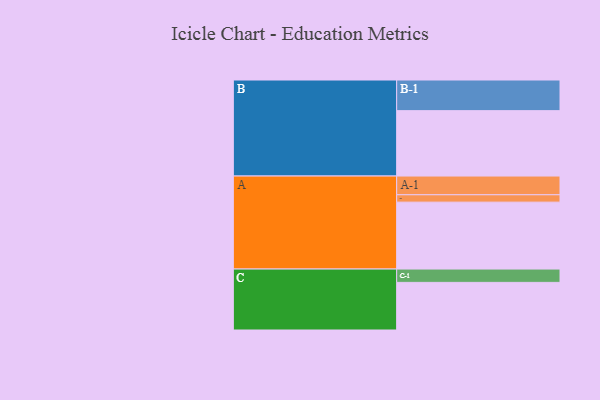
{"axis": {"x": "Segment", "y": "Value"}, "legend": ["", "A", "B", "C"], "data": [{"x": "A", "y": 572, "type": ""}, {"x": "B", "y": 559, "type": ""}, {"x": "C", "y": 407, "type": ""}, {"x": "A-1", "y": 160, "type": "A"}, {"x": "A-2", "y": 63, "type": "A"}, {"x": "B-1", "y": 262, "type": "B"}, {"x": "C-1", "y": 114, "type": "C"}]}